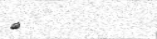
٧